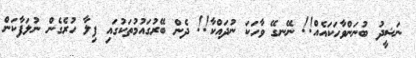
ނަޝީދު ބުނަންވާހަކައެއް!! ނޭނގޭ ވާހަކަ ނުދައްކާ!! ދެން ބޭރުގައުމުތަކުގައި ފިލާ ހުރެގެން ނުލަފާކަން